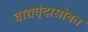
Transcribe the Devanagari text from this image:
वाद्यवृंदासोबत